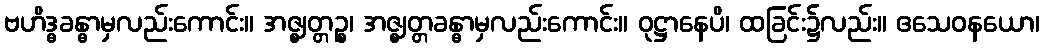
ဗဟိဒ္ဓခန္ဓာမှလည်းကောင်း။ အဇ္ဈတ္တဉ္စ၊ အဇ္ဈတ္တခန္ဓာမှလည်းကောင်း။ ဝုဋ္ဌာနေပိ၊ ထခြင်း၌လည်း။ ဧသေဝနယော၊